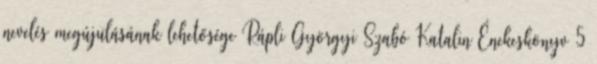
nevelés megújulásának lehetősége Rápli Györgyi Szabó Katalin Énekeskönyv 5